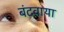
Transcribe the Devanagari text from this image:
बंटवाया